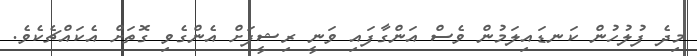
މިދެ ފުލުހުން ކަނޑައިލަމުން ވެސް އަންގާފައި ވަނީ ރިޝީފަށް އެންގެވި ގޮތަށް އެކައްޗެކެވެ.